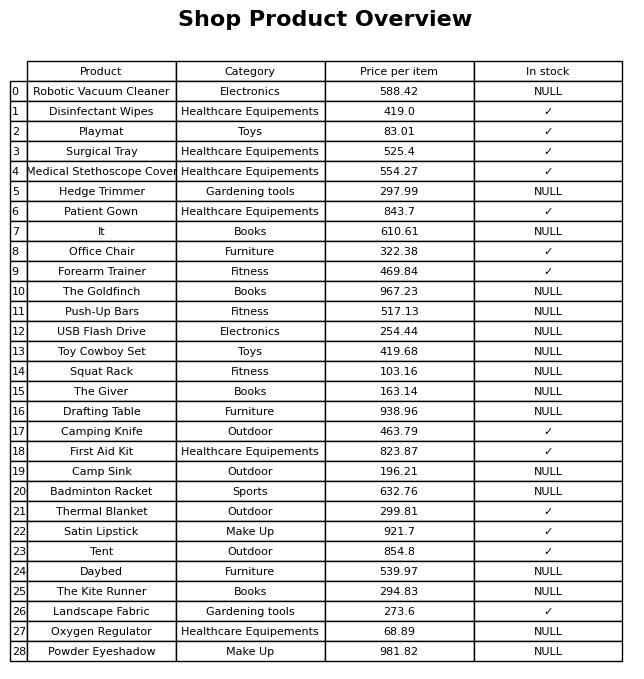
question: Is the Forearm Trainer in stock?
answer: ✓